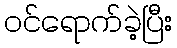
ဝင်ရောက်ခဲ့ပြီး